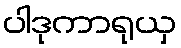
ပါဒုကာရုယှ